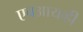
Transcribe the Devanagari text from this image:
एचआयव्ही